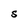
Character: S